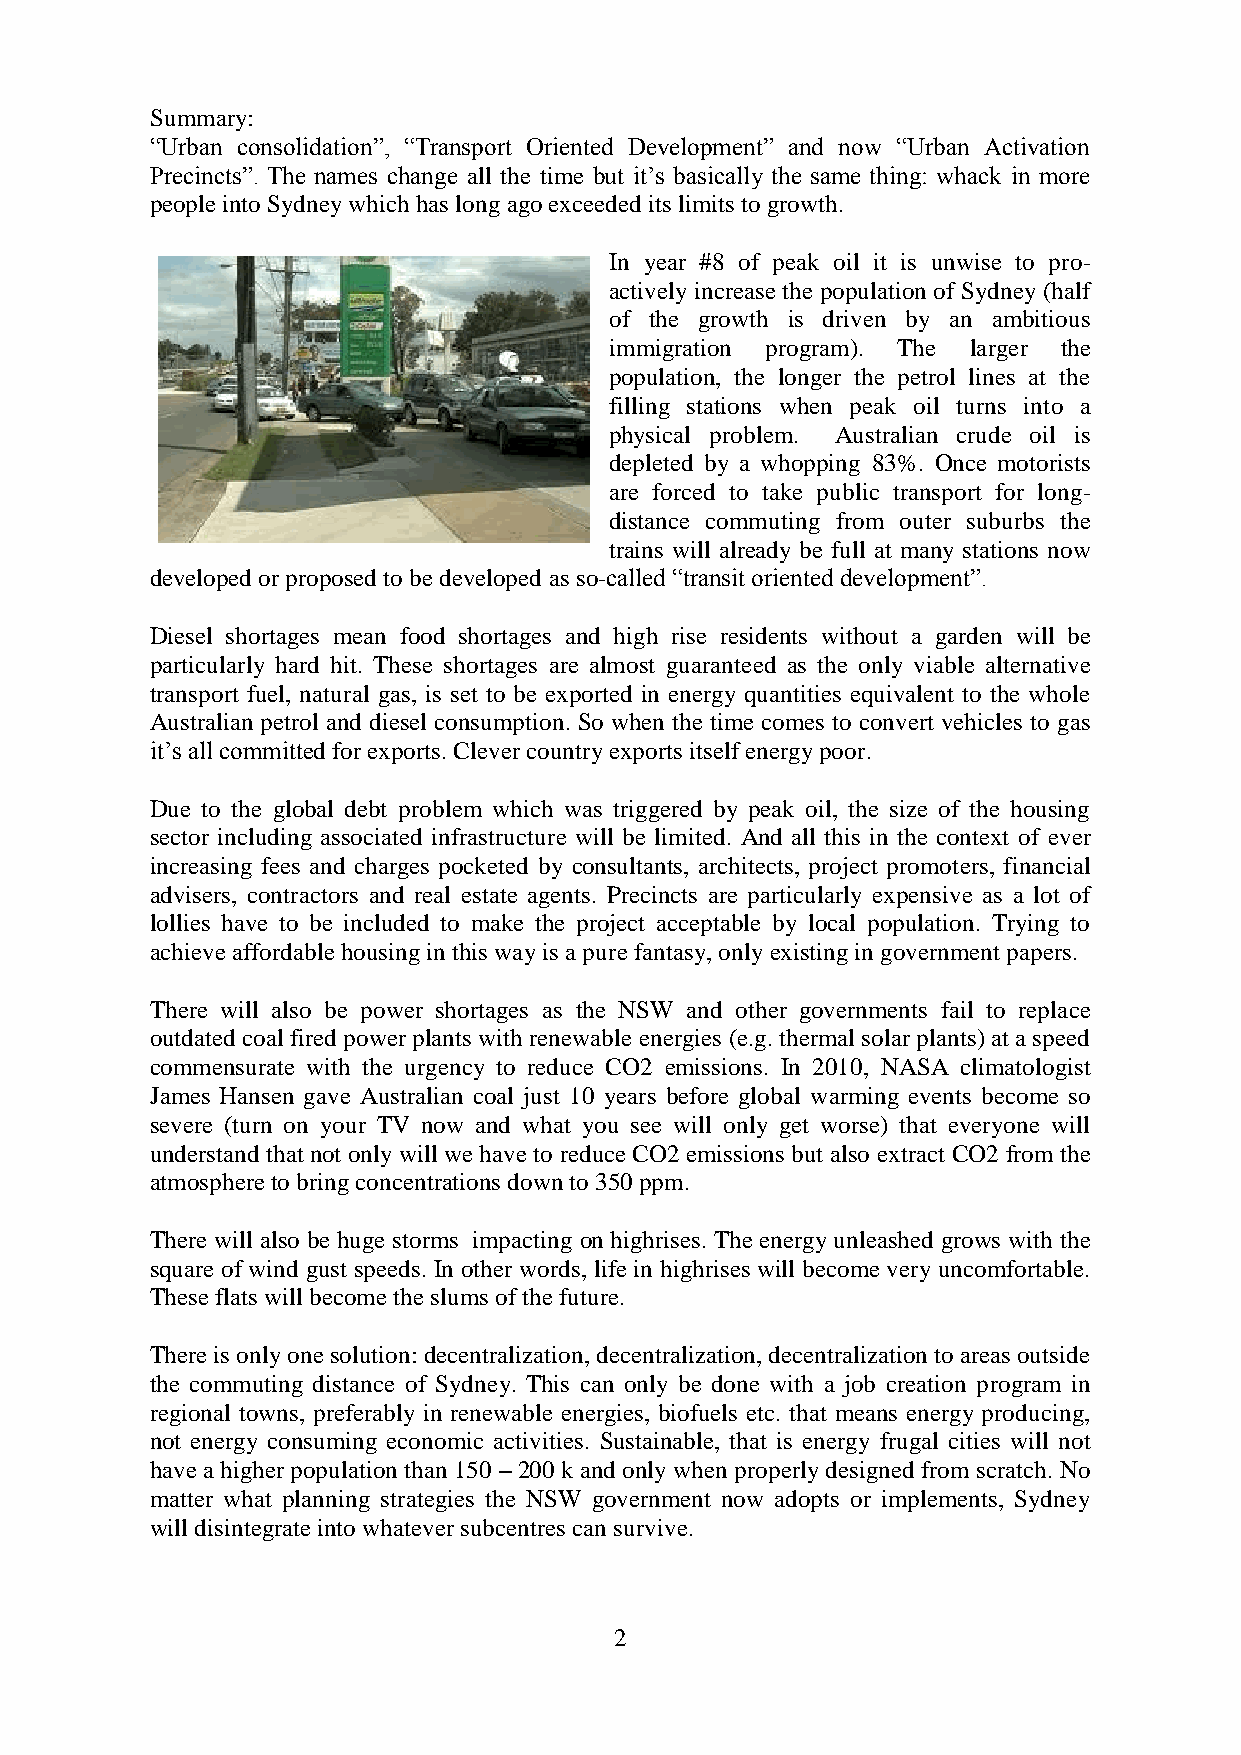
Summary:
 “Urban consolidation”, “Transport Oriented Development” and now “Urban Activation
 Precincts”. The names change all the time but it‟s basically the same thing: whack in more
 people into Sydney which has long ago exceeded its limits to growth.
 In year #8 of peak oil it is unwise to pro-
 actively increase the population of Sydney (half
 of the growth is driven by an ambitious
 immigration program). The larger the
 population, the longer the petrol lines at the
 filling stations when peak oil turns into a
 physical problem. Australian crude oil is
 depleted by a whopping 83%. Once motorists
 are forced to take public transport for long-
 distance commuting from outer suburbs the
 trains will already be full at many stations now
 developed or proposed to be developed as so-called “transit oriented development”.
 Diesel shortages mean food shortages and high rise residents without a garden will be
 particularly hard hit. These shortages are almost guaranteed as the only viable alternative
 transport fuel, natural gas, is set to be exported in energy quantities equivalent to the whole
 Australian petrol and diesel consumption. So when the time comes to convert vehicles to gas
 it‟s all committed for exports. Clever country exports itself energy poor.
 Due to the global debt problem which was triggered by peak oil, the size of the housing
 sector including associated infrastructure will be limited. And all this in the context of ever
 increasing fees and charges pocketed by consultants, architects, project promoters, financial
 advisers, contractors and real estate agents. Precincts are particularly expensive as a lot of
 lollies have to be included to make the project acceptable by local population. Trying to
 achieve affordable housing in this way is a pure fantasy, only existing in government papers.
 There will also be power shortages as the NSW and other governments fail to replace
 outdated coal fired power plants with renewable energies (e.g. thermal solar plants) at a speed
 commensurate with the urgency to reduce CO2 emissions. In 2010, NASA climatologist
 James Hansen gave Australian coal just 10 years before global warming events become so
 severe (turn on your TV now and what you see will only get worse) that everyone will
 understand that not only will we have to reduce CO2 emissions but also extract CO2 from the
 atmosphere to bring concentrations down to 350 ppm.
 There will also be huge storms impacting on highrises. The energy unleashed grows with the
 square of wind gust speeds. In other words, life in highrises will become very uncomfortable.
 These flats will become the slums of the future.
 There is only one solution: decentralization, decentralization, decentralization to areas outside
 the commuting distance of Sydney. This can only be done with a job creation program in
 regional towns, preferably in renewable energies, biofuels etc. that means energy producing,
 not energy consuming economic activities. Sustainable, that is energy frugal cities will not
 have a higher population than 150 – 200 k and only when properly designed from scratch. No
 matter what planning strategies the NSW government now adopts or implements, Sydney
 will disintegrate into whatever subcentres can survive.
 2